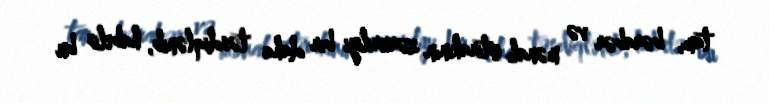
tam, bərabər və mənalı iştirakının zəruriliyi bir daha təsdiqlənib, habelə bu